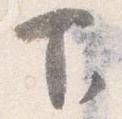
下